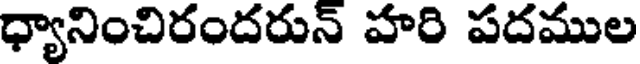
ధ్యానించిరందరున్ హరి పదముల